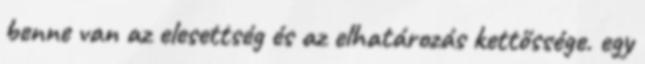
benne van az elesettség és az elhatározás kettőssége. egy